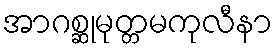
အာဂစ္ဆုမုတ္တမကုလီနာ